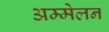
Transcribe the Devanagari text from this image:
अम्मेलन